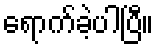
ရောက်ခဲ့ပါပြီ။